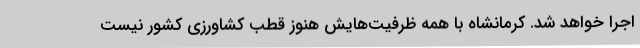
اجرا خواهد شد. کرمانشاه با همه ظرفیت‌هایش هنوز قطب کشاورزی کشور نیست